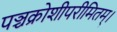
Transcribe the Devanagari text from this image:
पञ्चक्रोशीपरीमितम्।